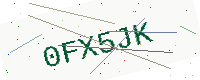
Text: 0FX5JK